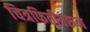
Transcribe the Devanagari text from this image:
चित्रफितीवरुन